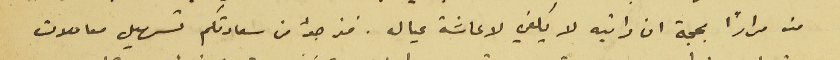
منه مرارًا بحجة ان راتبه لا يكفي لاعاشة عياله. فنرجوا من سعادتكم تسهيل معاملات